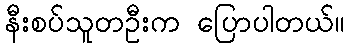
နီးစပ်သူတဦးက ပြောပါတယ်။